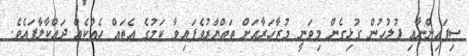
ސިފައިންނާއި ފުލުހުން ގުޅިގެން މިވަނީ މުޒާހަރާއަށް ތައްޔާރުވެފައިވާ ކަމުގެ އެތައް ހެއްކެއް ދައްކާލާފައެވެ.